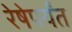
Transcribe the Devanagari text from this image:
रेषेपर्यंत